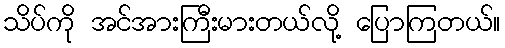
သိပ်ကို အင်အားကြီးမားတယ်လို့ ပြောကြတယ်။